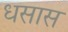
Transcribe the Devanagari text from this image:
धसास